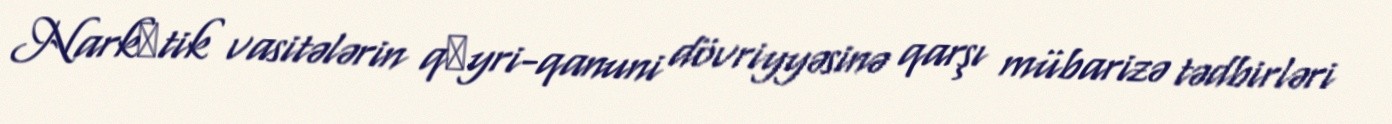
Narkоtik vasitələrin qеyri-qanuni dövriyyəsinə qarşı mübarizə tədbirləri